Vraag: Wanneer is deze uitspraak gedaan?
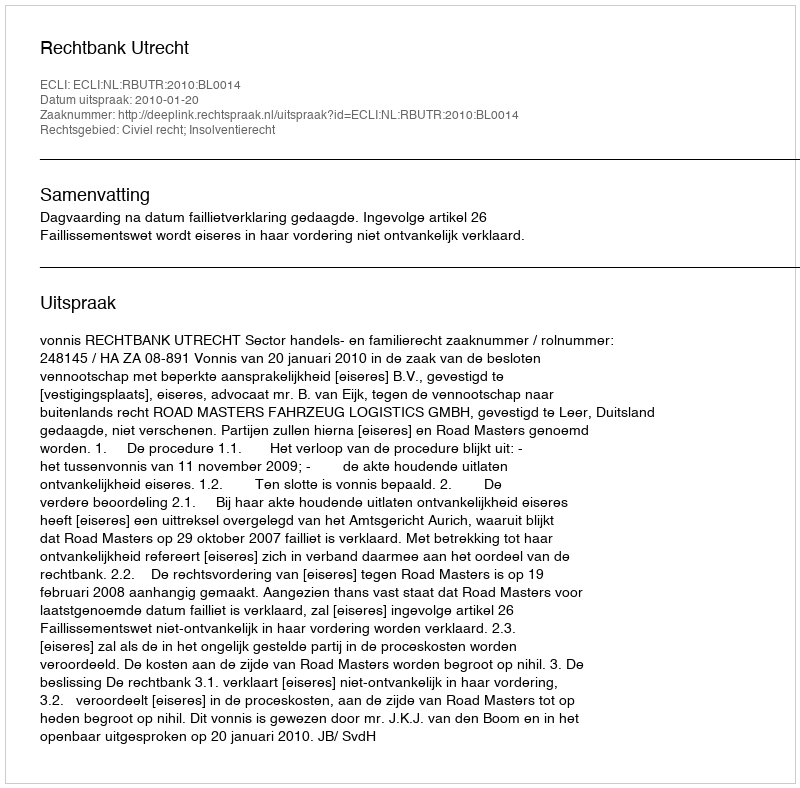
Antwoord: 2010-01-20